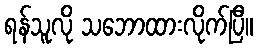
ရန်သူလို သဘောထားလိုက်ပြီ။